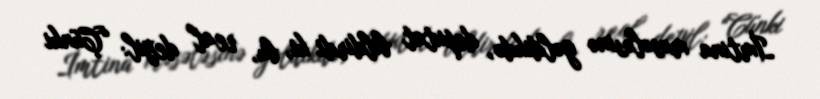
İmtina məsələsinə gəldikdə, deputat bildirdi ki, bu, real deyil: “Çünki